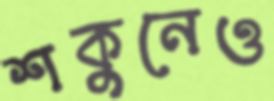
শকুনেও